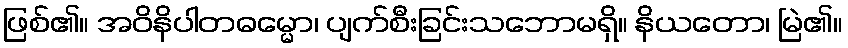
ဖြစ်၏။ အဝိနိပါတဓမ္မော၊ ပျက်စီးခြင်းသဘောမရှိ။ နိယတော၊ မြဲ၏။